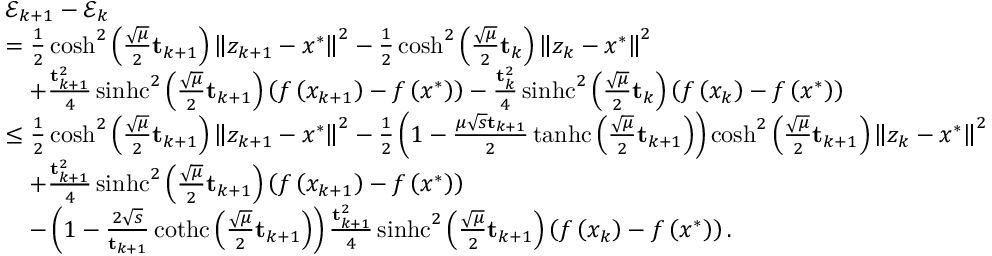
\begin{array} { r l } & { \mathcal { E } _ { k + 1 } - \mathcal { E } _ { k } } \\ & { = \frac { 1 } { 2 } \cosh ^ { 2 } \left( \frac { \sqrt { \mu } } { 2 } \mathbf { t } _ { k + 1 } \right) \left\Vert z _ { k + 1 } - x ^ { * } \right\Vert ^ { 2 } - \frac { 1 } { 2 } \cosh ^ { 2 } \left( \frac { \sqrt { \mu } } { 2 } \mathbf { t } _ { k } \right) \left\Vert z _ { k } - x ^ { * } \right\Vert ^ { 2 } } \\ & { \quad + \frac { \mathbf { t } _ { k + 1 } ^ { 2 } } { 4 } \operatorname { s i n h c } ^ { 2 } \left( \frac { \sqrt { \mu } } { 2 } \mathbf { t } _ { k + 1 } \right) \left( f \left( x _ { k + 1 } \right) - f \left( x ^ { * } \right) \right) - \frac { \mathbf { t } _ { k } ^ { 2 } } { 4 } \operatorname { s i n h c } ^ { 2 } \left( \frac { \sqrt { \mu } } { 2 } \mathbf { t } _ { k } \right) \left( f \left( x _ { k } \right) - f \left( x ^ { * } \right) \right) } \\ & { \leq \frac { 1 } { 2 } \cosh ^ { 2 } \left( \frac { \sqrt { \mu } } { 2 } \mathbf { t } _ { k + 1 } \right) \left\Vert z _ { k + 1 } - x ^ { * } \right\Vert ^ { 2 } - \frac { 1 } { 2 } \left( 1 - \frac { \mu \sqrt { s } \mathbf { t } _ { k + 1 } } { 2 } \operatorname { t a n h c } \left( \frac { \sqrt { \mu } } { 2 } \mathbf { t } _ { k + 1 } \right) \right) \cosh ^ { 2 } \left( \frac { \sqrt { \mu } } { 2 } \mathbf { t } _ { k + 1 } \right) \left\Vert z _ { k } - x ^ { * } \right\Vert ^ { 2 } } \\ & { \quad + \frac { \mathbf { t } _ { k + 1 } ^ { 2 } } { 4 } \operatorname { s i n h c } ^ { 2 } \left( \frac { \sqrt { \mu } } { 2 } \mathbf { t } _ { k + 1 } \right) \left( f \left( x _ { k + 1 } \right) - f \left( x ^ { * } \right) \right) } \\ & { \quad - \left( 1 - \frac { 2 \sqrt { s } } { \mathbf { t } _ { k + 1 } } \operatorname { c o t h c } \left( \frac { \sqrt { \mu } } { 2 } \mathbf { t } _ { k + 1 } \right) \right) \frac { \mathbf { t } _ { k + 1 } ^ { 2 } } { 4 } \operatorname { s i n h c } ^ { 2 } \left( \frac { \sqrt { \mu } } { 2 } \mathbf { t } _ { k + 1 } \right) \left( f \left( x _ { k } \right) - f \left( x ^ { * } \right) \right) . } \end{array}